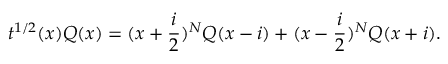
t ^ { 1 / 2 } ( x ) Q ( x ) = ( x + \frac { i } { 2 } ) ^ { N } Q ( x - i ) + ( x - \frac { i } { 2 } ) ^ { N } Q ( x + i ) .